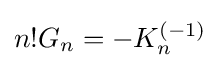
n!G_{n}=-K_{n}^{(-1)}